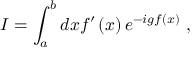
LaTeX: I = \int _ { a } ^ { b } d x f ^ { \prime } \left( x \right) e ^ { - i g f \left( x \right) } \ ,